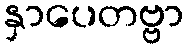
နှာပေတဗ္ဗာ